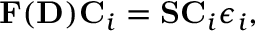
{ \displaystyle { \bf F } ( { \bf D } ) { \bf C } _ { i } = { \bf S } { \bf C } _ { i } \epsilon _ { i } , }